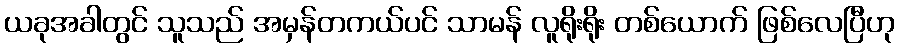
ယခုအခါတွင် သူသည် အမှန်တကယ်ပင် သာမန် လူရိုးရိုး တစ်ယောက် ဖြစ်လေပြီဟု